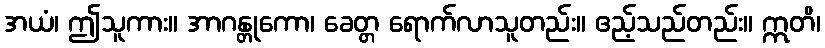
အယံ၊ ဤသူကား။ အာဂန္တုကော၊ ခေတ္တ ရောက်လာသူတည်း။ ဧည့်သည်တည်း။ ဣတိ၊